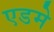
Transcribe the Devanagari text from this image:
एडमे